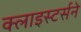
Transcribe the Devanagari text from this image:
क्लाइस्टर्सने